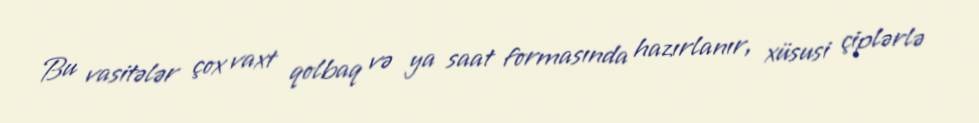
Bu vasitələr çox vaxt qolbaq və ya saat formasında hazırlanır, xüsusi çiplərlə